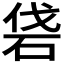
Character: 𥑼